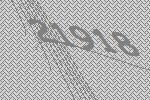
21918